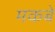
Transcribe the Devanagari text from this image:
मकबे